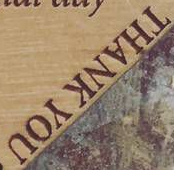
THANK YOU